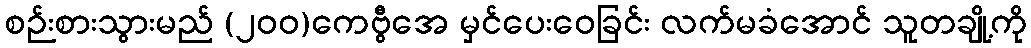
စဉ်းစားသွားမည် (၂၀၀)ကေဗွီအေ မှင်ပေးဝေခြင်း လက်မခံအောင် သူတချို့ကို